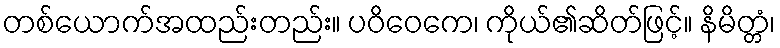
တစ်ယောက်အထည်းတည်း။ ပဝိဝေကေ၊ ကိုယ်၏ဆိတ်ဖြင့်။ နိမိတ္တံ၊